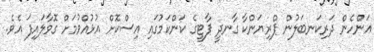
އަންހެން ދަރިކަނބަލުން ޕްރިޔަންކާ ގާނދީ ޕާޓީގެ ކަންކަމުގައި އިސްކޮށް އުޅުއްވުމަށް ގޮވާލައިފަ އެވެ.